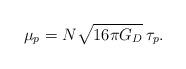
LaTeX: \begin{align*}\mu_{p} = N \sqrt{16 \pi G_{D}} \, \tau_{p}.\end{align*}